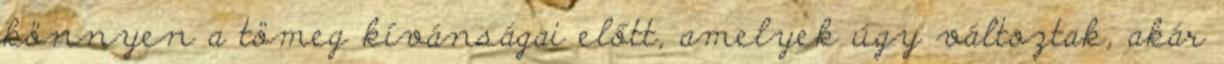
könnyen a tömeg kívánságai előtt, amelyek úgy változtak, akár